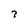
Character: 3